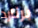
برنارد